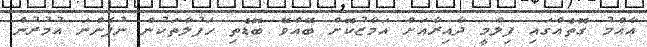
އާއްމު ގޮތެއްގައި ފިލްމީ ދާއިރާއަށް އަމާޒުކޮށް ބޭއްވޭ ބޮޑެތި ހަފުލާތަކުން ނުފެންނަ އުމުރުން